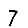
Digit: 7